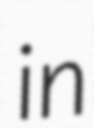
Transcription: in